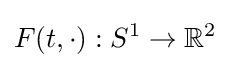
F(t,\cdot ):S^{1}\to \mathbb {R} ^{2}